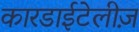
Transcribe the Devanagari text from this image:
कारडाईटेलीज़